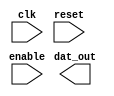

module counter ( clk, reset, enable, dat_out );
  output [15:0] dat_out;
  input clk, reset, enable;
  wire   N69, N70, N71, N72, N73, N74, N75, N76, N77, N78, N79, N80, N81, N82,
         N83, N84, N86, N88, N90, N92, N94, N96, n42, n43, n44, n45, n46, n47,
         n48, n49, n50, n51, n52, n53, n54, n55, n56, n57, n58, n59, n60, n61,
         n62, n63, n64, n65, n66, n67;

endmodule

///////////////

module submod (in1, in2, out1);
 output out1;
 input in1, in2;

wire N01;

endmodule

//////////////

module submod1 (in1, in2, out1);
 output out1;
 input in1, in2;

wire N01;

endmodule